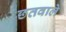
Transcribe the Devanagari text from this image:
छतवाले